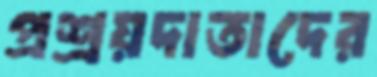
প্রশ্রয়দাতাদের